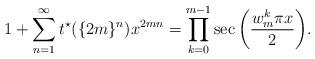
LaTeX: \begin{align*}1+\sum_{n=1}^{\infty}t^{\star}(\{2m\}^n)x^{2mn}=\prod_{k=0}^{m-1}\sec{\left(\frac{w_m^k \pi x}{2}\right)}.\end{align*}